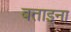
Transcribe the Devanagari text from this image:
बताइना